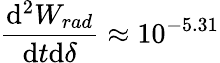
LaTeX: \frac{\mathrm{d}^{2}W_{rad}}{\mathrm{d}t\mathrm{d}\delta}\approx 10^{-5.31}